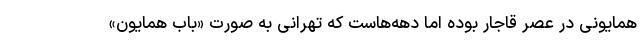
همایونی در عصر قاجار بوده اما دهه‌هاست که تهرانی به صورت «باب همایون»